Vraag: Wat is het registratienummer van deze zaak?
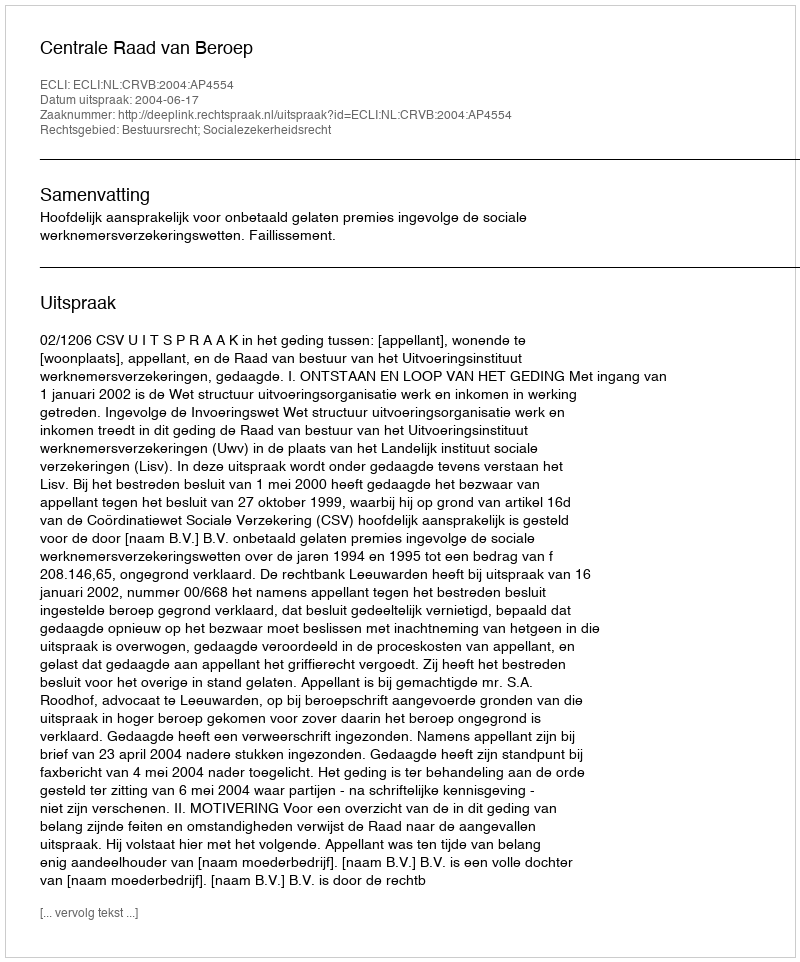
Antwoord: http://deeplink.rechtspraak.nl/uitspraak?id=ECLI:NL:CRVB:2004:AP4554